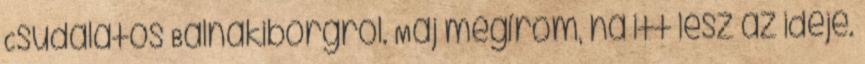
Csudálatos Bálnakiborgról. Maj megírom, ha itt lesz az ideje.